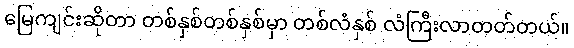
မြေကျင်းဆိုတာ တစ်နှစ်တစ်နှစ်မှာ တစ်လံနှစ် လံကြီးလာတတ်တယ်။